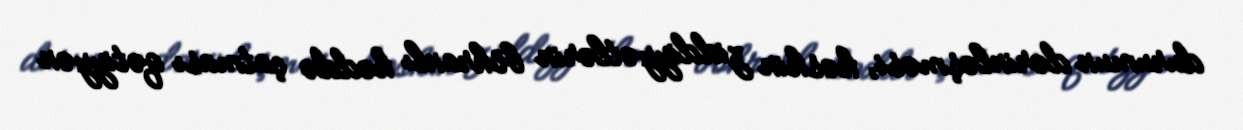
durumun dərinləşməsi, kəskin ziddiyyətlərin böhranlı həddə çatması qətiyyən